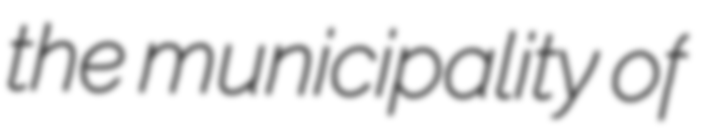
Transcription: the municipality of